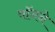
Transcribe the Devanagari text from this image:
वॉनने